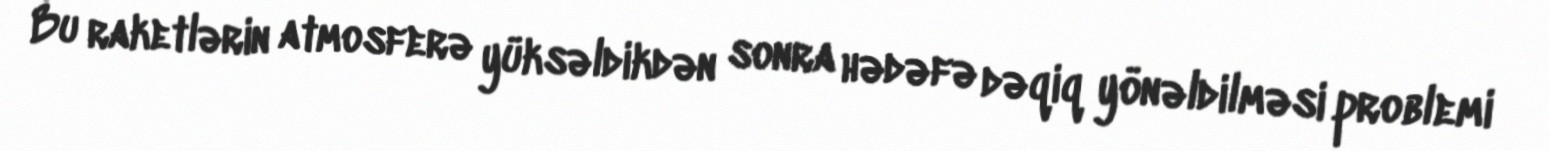
Bu raketlərin atmosferə yüksəldikdən sonra hədəfə dəqiq yönəldilməsi problemi